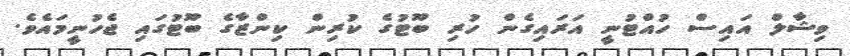
ވިޝާލް އައިސް ހުއްޓުނީ އަރައިގެން ހުރި ބޫޓުގެ ކުރިން ކިންޒާގެ ބޫޓުގައި ޖެހުނީމައެވެ.